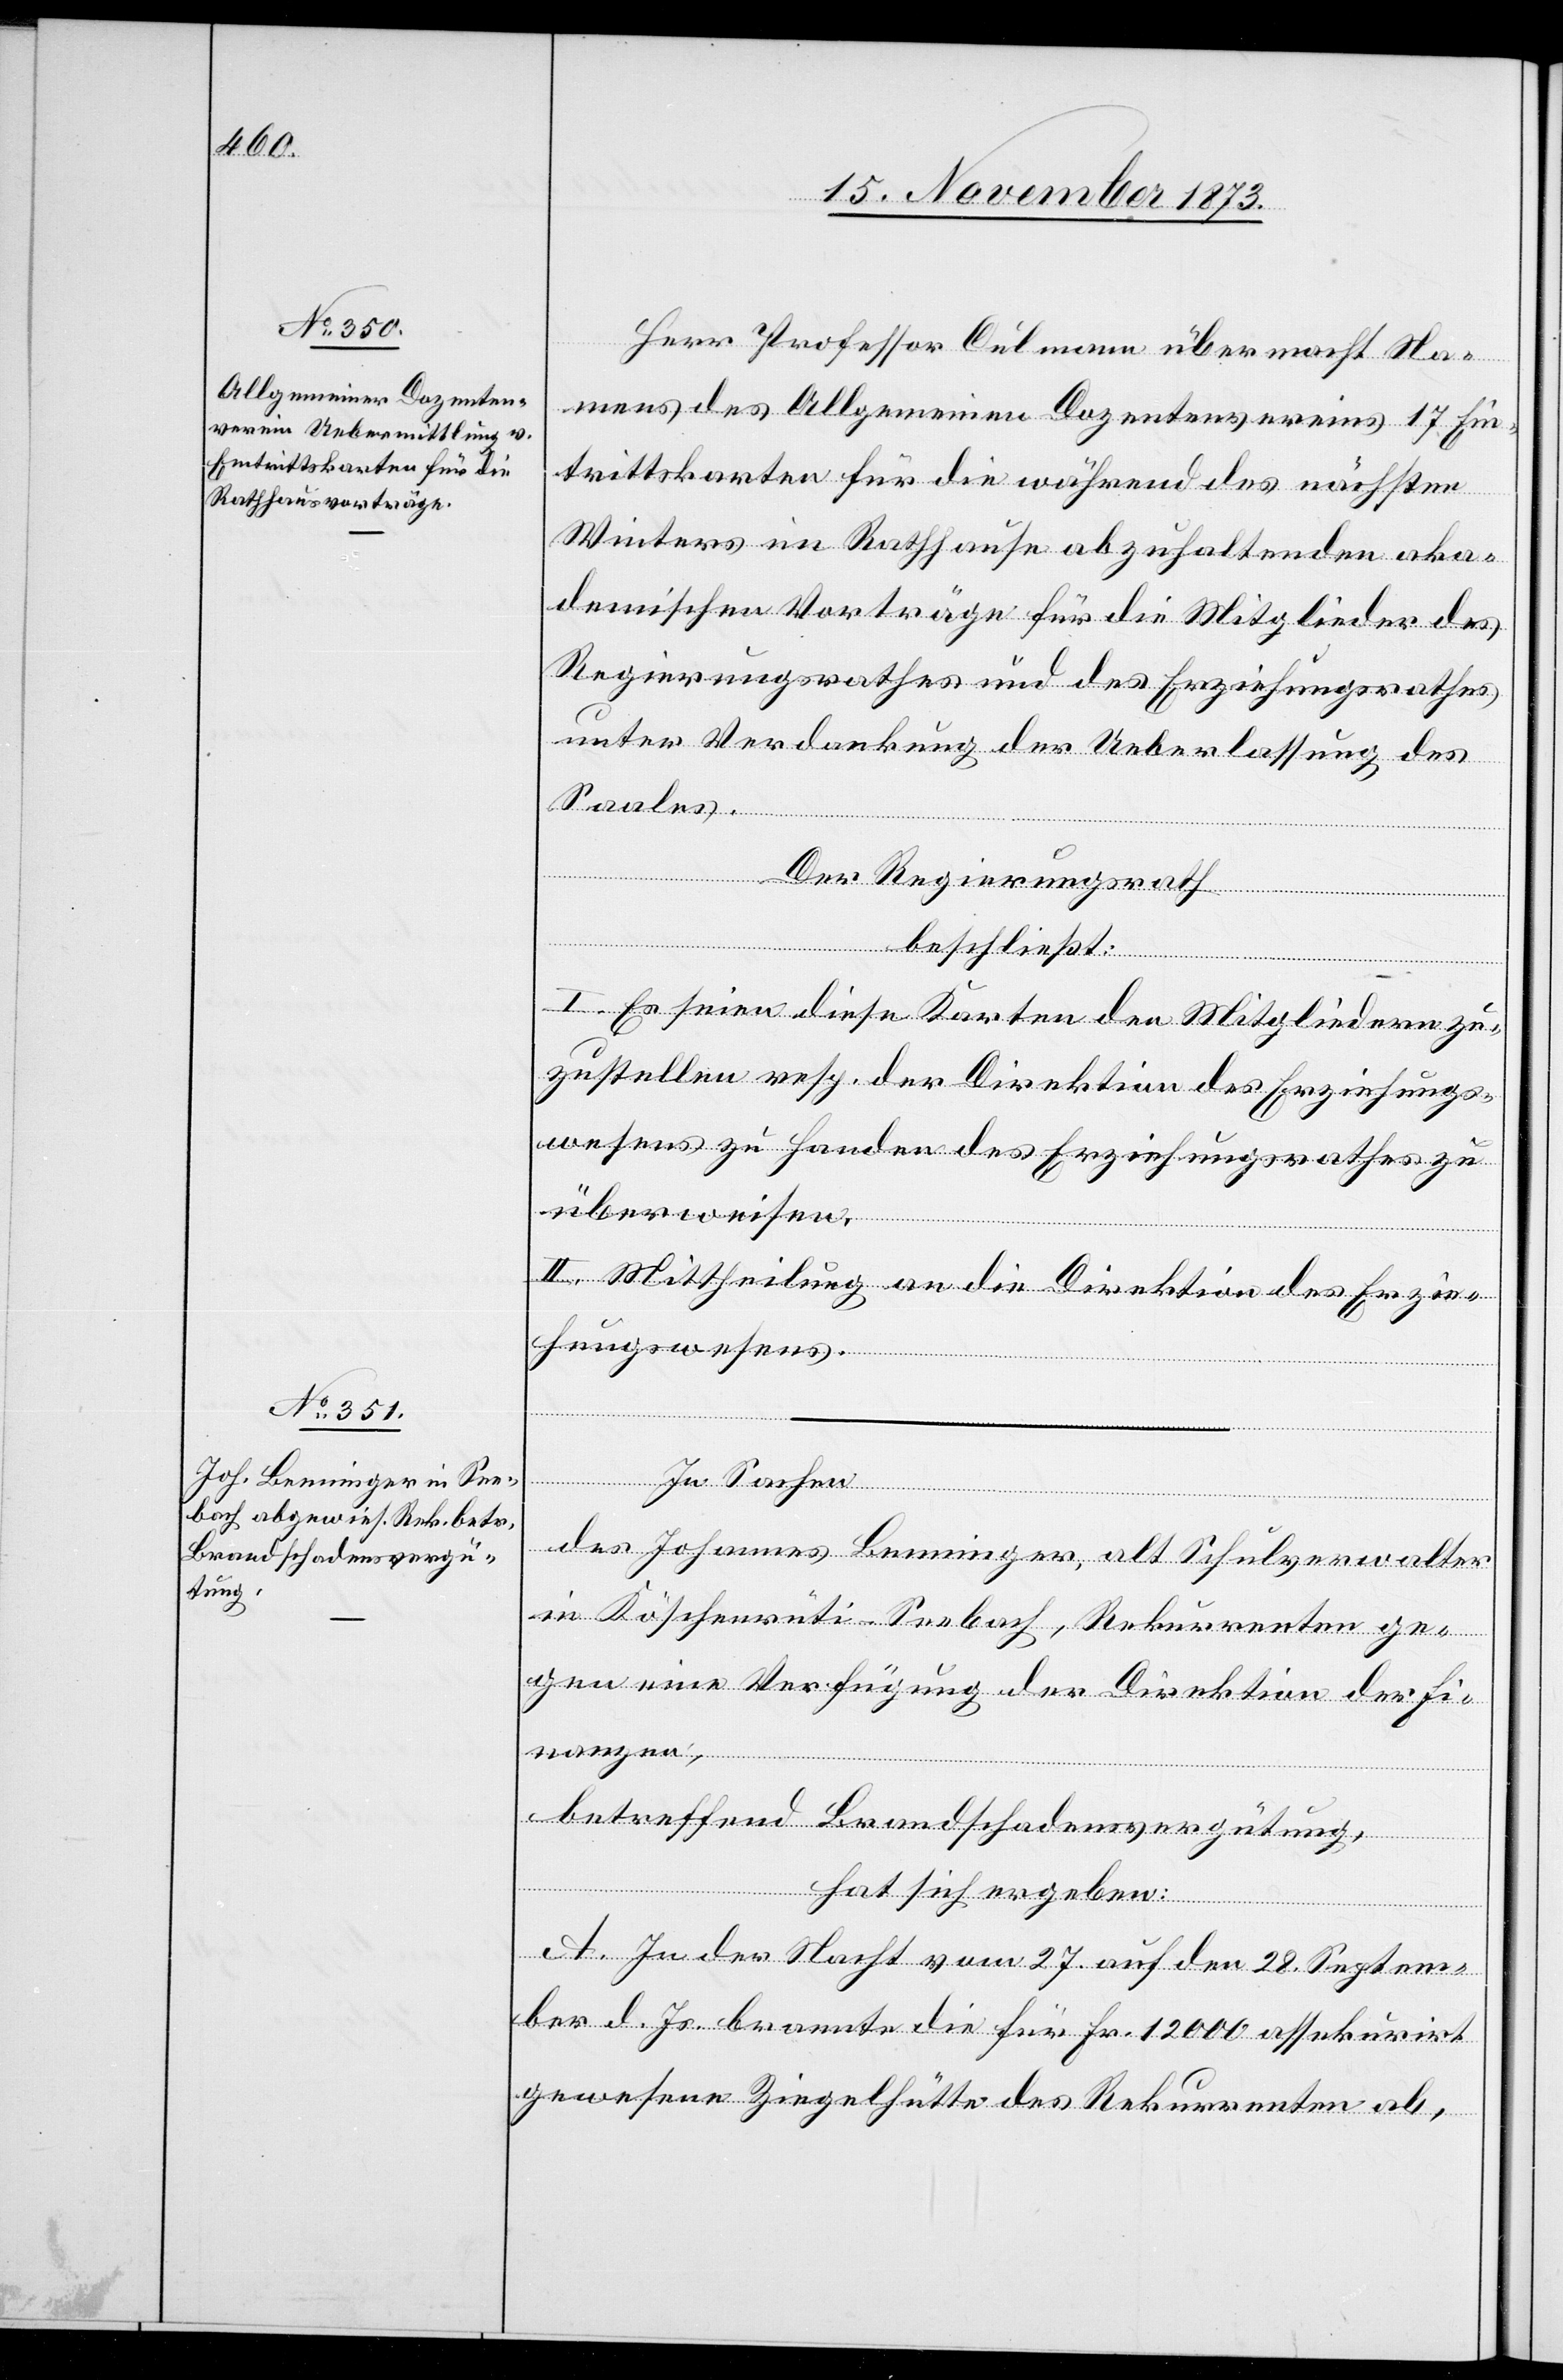
Herr Professor Culmann übermacht Na¬
mens des Allgemeinen Dozentenvereins 17 Ein¬
trittskarten für die während des nächsten
Winters im Rathhause abzuhaltenden aka¬
demischen Vorträge für die Mitglieder des
Regierungsrathes und des Erziehungsrathes
unter Verdankung der Ueberlassung des
Saales.
Der Regierungsrath
beschließt:
I. Es seien diese Karten den Mitgliedern zu¬
zustellen resp. der Direktion des Erziehungs¬
wesens zu Handen des Erziehungsrathes zu
überweisen.
II. Mittheilung an die Direktion des Erzie¬
hungswesens.
des Johannes Benninger, alt Schulverwalter
in Köschenrüti - Seebach, Rekurrenten ge¬
gen eine Verfügung der Direktion der Fi¬
nanzen,
betreffend Brandschadensvergütung,
hat sich ergeben:
A. In der Nacht vom 27. auf den 28. Septem¬
ber d. Js. brannte die für Fr. 12 000 assekurirt
gewesene Ziegelhütte des Rekurrenten ab,

In